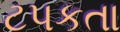
ટપકતા